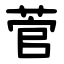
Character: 菅